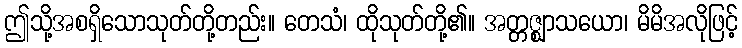
ဤသို့အစရှိသောသုတ်တို့တည်း။ တေသံ၊ ထိုသုတ်တို့၏။ အတ္တဇ္ဈာသယော၊ မိမိအလိုဖြင့်